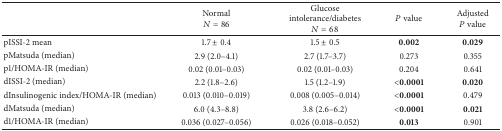
<table><thead><tr><td><b> </b></td><td><b>Normal <i>N</i> = 86</b></td><td><b>Glucose intolerance/diabetes <i>N</i> = 68</b></td><td><b><i>P</i> value</b></td><td><b>Adjusted<i>P</i> value</b></td></tr></thead><tbody><tr><td>pISSI-2 mean</td><td>1.7 ± 0.4</td><td>1.5 ± 0.5</td><td><b>0.002</b></td><td><b>0.029</b></td></tr><tr><td>pMatsuda (median)</td><td>2.9 (2.0–4.1)</td><td>2.7 (1.7–3.7)</td><td>0.273</td><td>0.355</td></tr><tr><td>p1/HOMA-IR (median)</td><td>0.02 (0.01–0.03)</td><td>0.02 (0.01–0.03)</td><td>0.204</td><td>0.641</td></tr><tr><td>dISSI-2 (median)</td><td>2.2 (1.8–2.6)</td><td>1.5 (1.2–1.9)</td><td><b>&lt;0.0001</b></td><td><b>0.020</b></td></tr><tr><td>dInsulinogenic index/HOMA-IR (median)</td><td>0.013 (0.010–0.019)</td><td>0.008 (0.005–0.014)</td><td><b>&lt;0.0001</b></td><td>0.479</td></tr><tr><td>dMatsuda (median)</td><td>6.0 (4.3–8.8)</td><td>3.8 (2.6–6.2)</td><td><b>&lt;0.0001</b></td><td><b>0.021</b></td></tr><tr><td>d1/HOMA-IR (median)</td><td>0.036 (0.027–0.056)</td><td>0.026 (0.018–0.052)</td><td><b>0.013</b></td><td>0.901</td></tr></tbody></table>